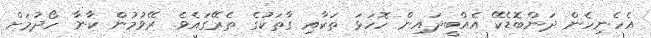
އެހެނިހެން ދަންބޮޑެކޭ އެއްބީދައިން ހޮހަޅަ ތަކާއި ގާތަކުގެ ތެރޭގައެވެ. ރޭވުމުން ކާނާ ހޯދުމަށް